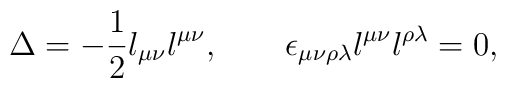
\Delta = -{1\over 2} l_{\mu\nu} l^{\mu\nu},\quad\quad \epsilon_{\mu\nu\rho\lambda} l^{\mu\nu} l^{\rho\lambda} = 0,